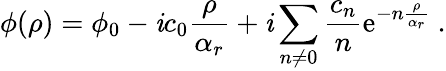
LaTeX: \phi(\rho)=\phi_{0}-\mathit{i}c_{0}{\frac{{\rho}}{{\alpha_{r}}}}+\mathit{i}\sum_{n\neq0}\frac{{c_{n}}}{{n}}\mathrm{{e}}^{-n{\frac{{\rho}}{{\alpha_{r}}}}}\ .